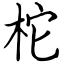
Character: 柁